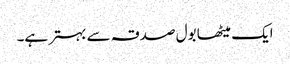
ایک میٹھا بول صدقہ سے بہتر ہے۔